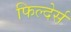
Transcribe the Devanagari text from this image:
फिल्देर्स